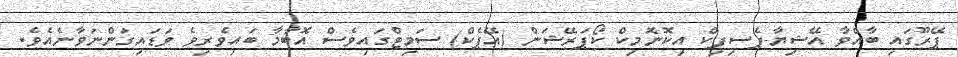
ޕޭރޫގައި ބާއްވާ އޭޝިޔާ-ޕެސިފިކް އިކޮނޮމިކް ކޯޕަރޭޝަން (އޭޕެކް) ސަމިޓްގައިވެސް އޮބާމާ ބައިވެރިވެ ވަޑައިގަންނަވާނެއެވެ.